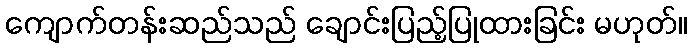
ကျောက်တန်းဆည်သည် ချောင်းပြည့်ပြုထားခြင်း မဟုတ်။